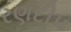
રણદીપ